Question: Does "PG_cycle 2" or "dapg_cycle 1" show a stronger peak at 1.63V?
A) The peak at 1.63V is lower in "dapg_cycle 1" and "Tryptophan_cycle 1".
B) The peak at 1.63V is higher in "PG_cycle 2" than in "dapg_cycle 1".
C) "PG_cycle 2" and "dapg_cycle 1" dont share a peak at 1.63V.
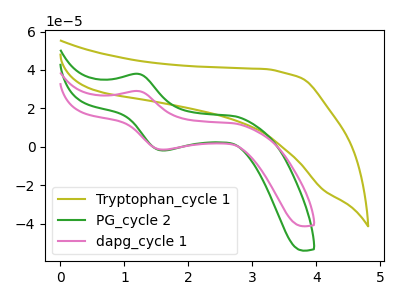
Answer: <think>The olive curve "Tryptophan_cycle 1" has no peaks. The green curve "PG_cycle 2" has an anodic peak at (1.20V, 38.00uA) and a cathodic peak at (1.65V, -1.85uA). The pink curve "dapg_cycle 1" has an anodic peak at (1.20V, 29.05uA) and a cathodic peak at (1.65V, -1.45uA).</think>
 <answer>B) The peak at 1.63V is higher in "PG_cycle 2" than in "dapg_cycle 1".</answer>
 <eval>B</eval>